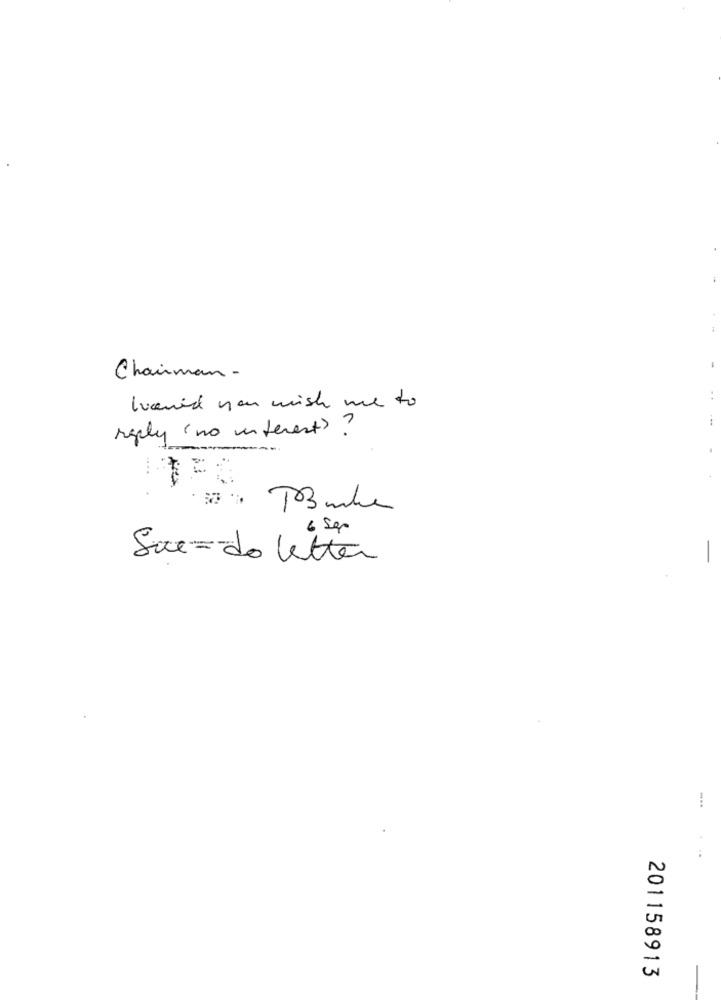
-
Chairman -
loved you wish me to
reply (no interest)?
... .
6 Sep
Suc= do letter
201158913